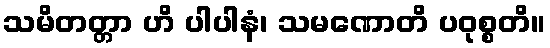
သမိတတ္တာ ဟိ ပါပါနံ၊ သမဏောတိ ပဝုစ္စတိ။